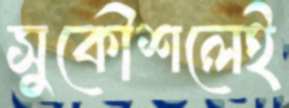
সুকৌশলেই